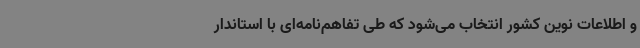
و اطلاعات نوین کشور انتخاب می‌شود که طی تفاهم‌نامه‌ای با استاندار